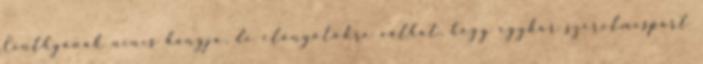
Cinthyának nincs hangja, de előnyötökre válhat, hogy egykor szerelmespárt